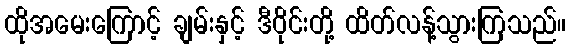
ထိုအမေးကြောင့် ချမ်းနှင့် ဒီဝိုင်းတို့ ထိတ်လန့်သွားကြသည်။